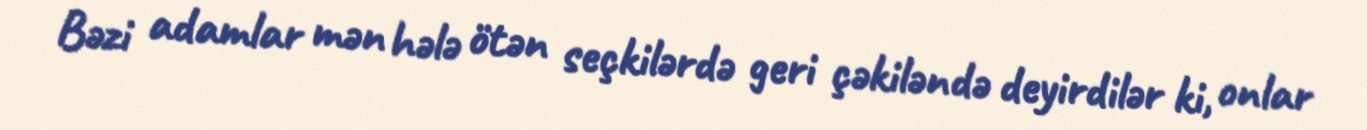
Bəzi adamlar mən hələ ötən seçkilərdə geri çəkiləndə deyirdilər ki, onlar